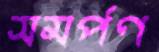
সমর্পণ